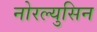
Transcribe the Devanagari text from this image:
नोरल्युसिन